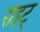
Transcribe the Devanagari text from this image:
राइट्‍